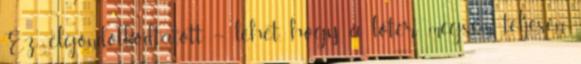
Ez elgondolkodtatott – lehet, hogy a lőtér mégsem teljesen